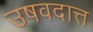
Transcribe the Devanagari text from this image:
उषवदात्त